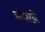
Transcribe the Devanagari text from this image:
संहारने